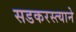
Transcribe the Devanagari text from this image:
सडकरस्त्याने